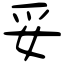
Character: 妥